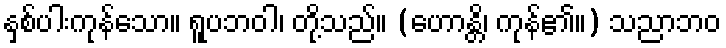
နှစ်ပါးကုန်သော။ ရူပဘဝါ၊ တို့သည်။ (ဟောန္တိ၊ ကုန်၏။) သညာဘဝ